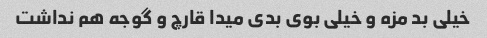
خیلی بد مزه و خیلی بوی بدی میدا قارچ و گوجه هم نداشت